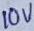
Text: 10V